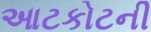
આટકોટની